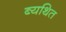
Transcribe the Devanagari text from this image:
ब्यथित